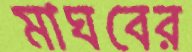
মাঘবের